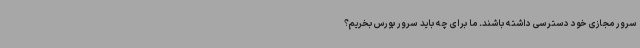
سرور مجازی خود دسترسی داشته باشند. ما برای چه باید سرور بورس بخریم؟